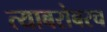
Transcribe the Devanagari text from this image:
त्‍याबरोबरच